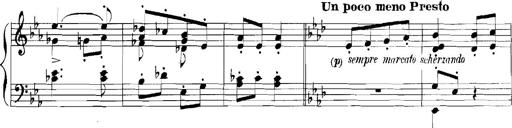
Title: Rhapsodies hongroises
Composer: Franz Liszt